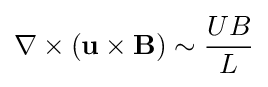
\nabla \times (\mathbf {u} \times \mathbf {B} )\sim {\frac {UB}{L}}